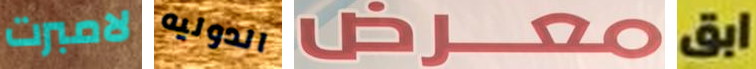
لامبرت الدوليه معرض ابق